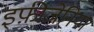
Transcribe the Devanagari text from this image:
इफ़ीजेनिया